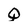
Character: Q